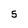
Character: 5